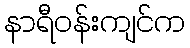
နာရီဝန်းကျင်က